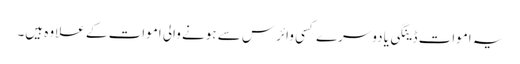
یہ اموات ڈینگی یا دوسرے کسی وائرس سے ہونے والی اموات کے علاوہ ہیں۔